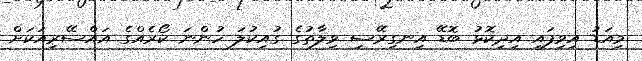
މިއަޑު އިވިފައި އިދިކޮޅު ބޮޑޭ އިނގިރޭސި ވިލާތުގެ ގުއިކުލަ ހުންނަ ކޯރެއްގެ އައްސޭރިއަކަށް